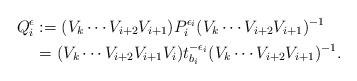
LaTeX: \begin{align*}Q_i^{\epsilon}&:= (V_k \cdots V_{i+2} V_{i+1}) P_i^{\epsilon_i} (V_k \cdots V_{i+2} V_{i+1})^{-1} \\&= (V_k \cdots V_{i+2} V_{i+1} V_i) t_{b_i}^{-\epsilon_i} (V_k \cdots V_{i+2} V_{i+1})^{-1}. \end{align*}